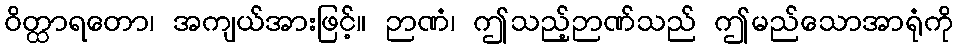
ဝိတ္ထာရတော၊ အကျယ်အားဖြင့်။ ဉာဏံ၊ ဤသည့်ဉာဏ်သည် ဤမည်သောအာရုံကို